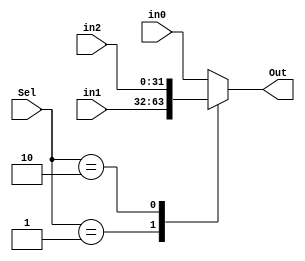

module MUX_3_32(in0,in1,in2,Sel,Out);

input [31:0] in0,in1,in2;
input [1:0] Sel;
output reg[31:0] Out;

always@(in0,in1,in2,Sel)
case (Sel)
	0: Out<=in0;
	1: Out<=in1;
	2: Out<=in2;
	default: Out<=in0;
endcase

endmodule

module MUX_4_32_1x(in0,in2,in3,Sel,Out);

input [31:0] in0,in2,in3;
input [1:0] Sel;
output reg[31:0] Out;

always@(in0,in2,in3,Sel)
case (Sel)
	0: Out<=in0;
	1: Out<=4;
	2: Out<=in2;
	default: Out<=in3;
endcase

endmodule